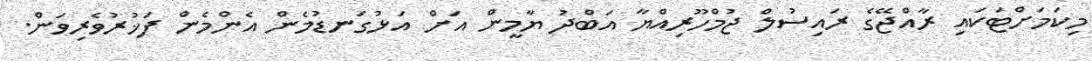
މިކަމަށްޓަކައި ރާއްޖޭގެ ރައިސުލް ޖުމްހޫރިއްޔާ އަބްދު ޔާމީން އަށް އަޅުގަނޑުމެން އެންމެން ފަޚުރުވެރިވަން.